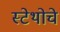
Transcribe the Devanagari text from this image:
स्टेथोचे